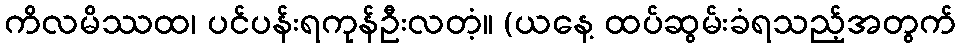
ကိလမိဿထ၊ ပင်ပန်းရကုန်ဦးလတံ့။ (ယနေ့ ထပ်ဆွမ်းခံရသည့်အတွက်